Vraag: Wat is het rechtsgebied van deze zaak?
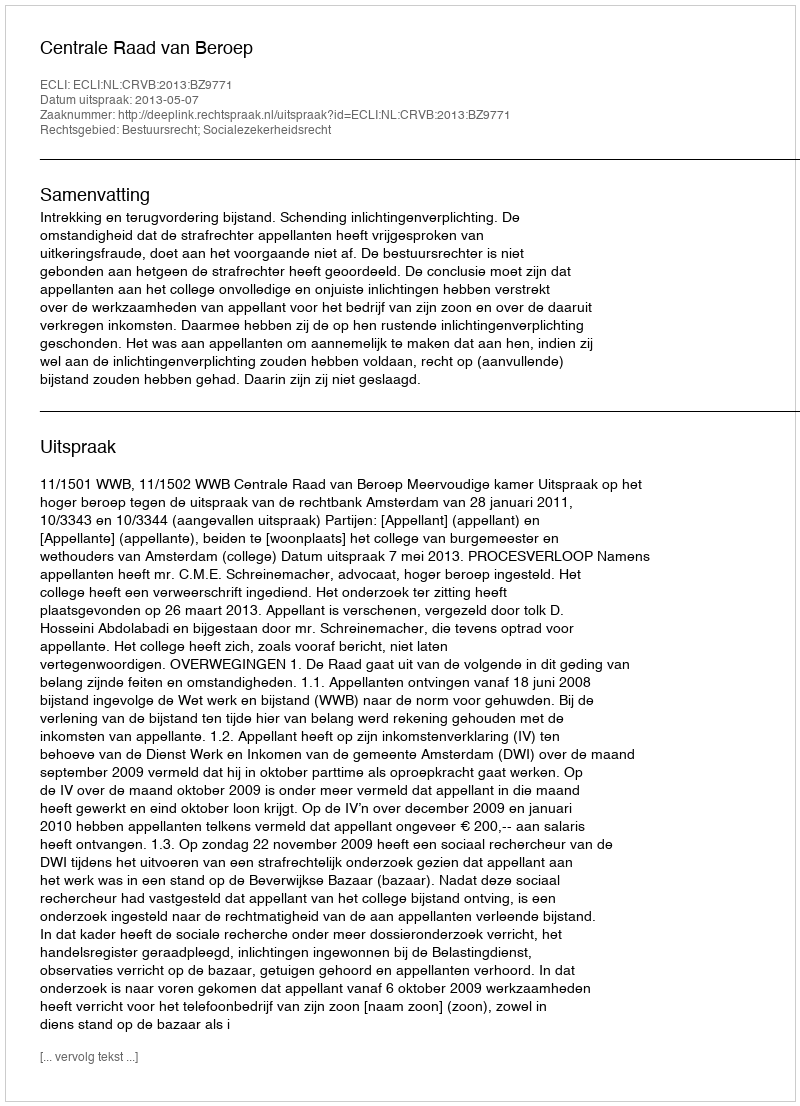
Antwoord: Bestuursrecht; Socialezekerheidsrecht